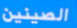
الصينين